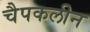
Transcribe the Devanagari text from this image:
चैपकलीन